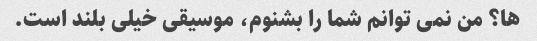
ها؟ من نمی توانم شما را بشنوم، موسیقی خیلی بلند است.